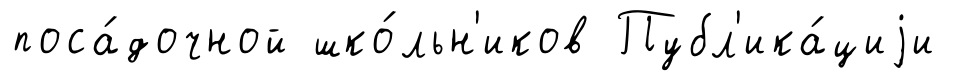
поса́дочной шко́льн'иков Публ'ика́циjи